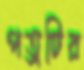
পত্রটির